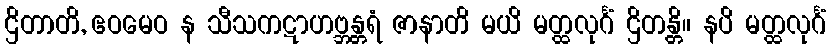
ဌိတာတိ, ဧဝမေဝ န သီသကဋာဟဗ္ဘန္တရံ ဇာနာတိ မယိ မတ္ထလုင်္ဂံ ဌိတန္တိ။ နပိ မတ္ထလုင်္ဂံ